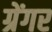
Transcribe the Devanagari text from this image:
ग्रेंगर